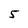
Character: 5